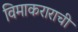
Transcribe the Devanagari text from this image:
विमाकराराची